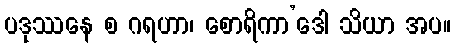
ပဒုဿနေ စ ဂရဟာ၊ စောရိကာ’ဒေါ သိယာ အပ။